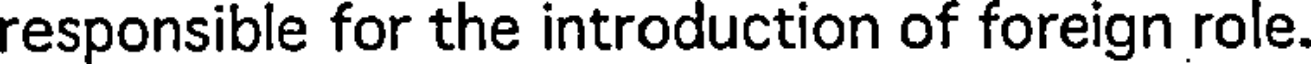
responsible for the introduction of foreign role.